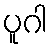
ပူဂါ